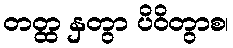
တတ္ထ နှတွာ ပိဝိတွာစ၊